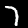
Digit: 7